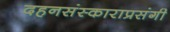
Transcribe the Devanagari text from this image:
दहनसंस्काराप्रसंगी